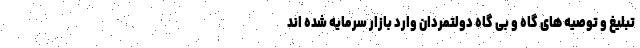
تبلیغ و توصیه های گاه و بی گاه دولتمردان وارد بازار سرمایه شده اند